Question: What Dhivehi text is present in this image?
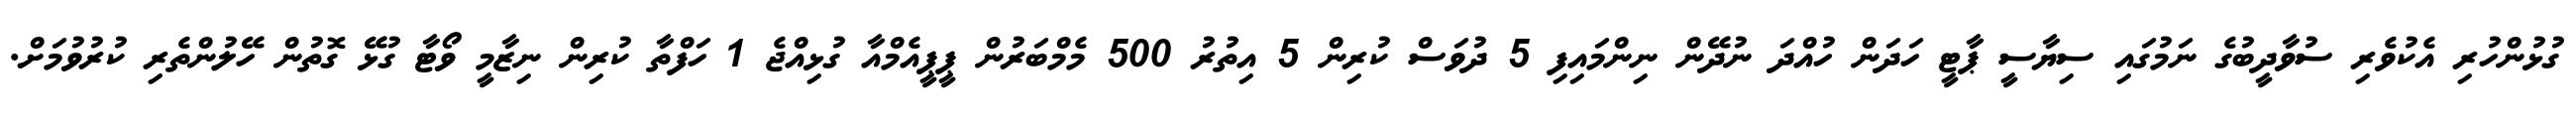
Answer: ގުޅުންހުރި އެކުވެރި ސުވާދީބުގެ ނަމުގައި ސިޔާސީ ޕާޓީ ހަދަން ހުއްދަ ނުދޭން ނިންމައިފި 5 ދުވަސް ކުރިން 5 އިތުރު 500 މެމްބަރުން ޕީޕީއެމްއާ ގުޅިއްޖެ 1 ހަފްތާ ކުރިން ނިޒާމީ ވޯޓާ ގުޅޭ ގޮތުން ހޭލުންތެރި ކުރުވުމަށް.